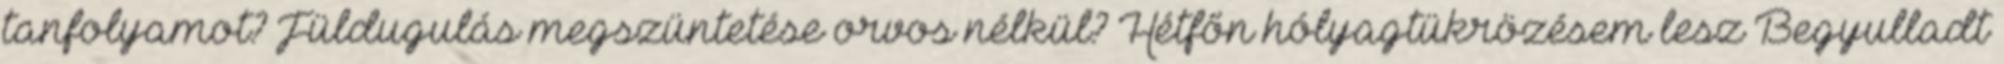
tanfolyamot? Füldugulás megszüntetése orvos nélkül? Hétfőn hólyagtükrözésem lesz Begyulladt